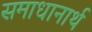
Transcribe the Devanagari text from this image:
समाधानार्थ